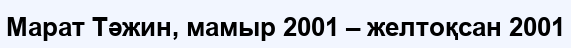
Марат Тәжин, мамыр 2001 – желтоқсан 2001